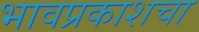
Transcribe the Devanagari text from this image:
भावप्रकाशचा